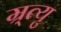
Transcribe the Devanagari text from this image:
म्र्त्यु